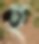
হ